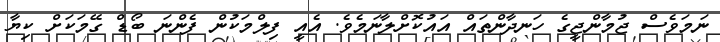
ނަމަވެސް ޖުމާންޖީގެ ހަނދާންތައް އައުކޮށްލާނަމެވެ. އެއީ ފިލްމަކުން ފެންނަ ބޯޑް ގޭމަކަށް ކިޔާ